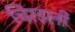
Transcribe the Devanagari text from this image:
चिरडली